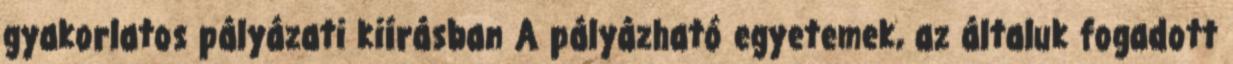
gyakorlatos pályázati kiírásban A pályázható egyetemek, az általuk fogadott